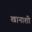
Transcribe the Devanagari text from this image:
खानाशी